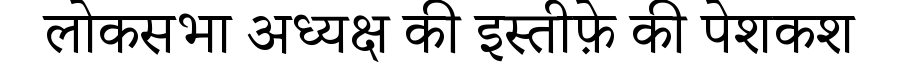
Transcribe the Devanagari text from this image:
लोकसभा अध्यक्ष की इस्तीफ़े की पेशकश